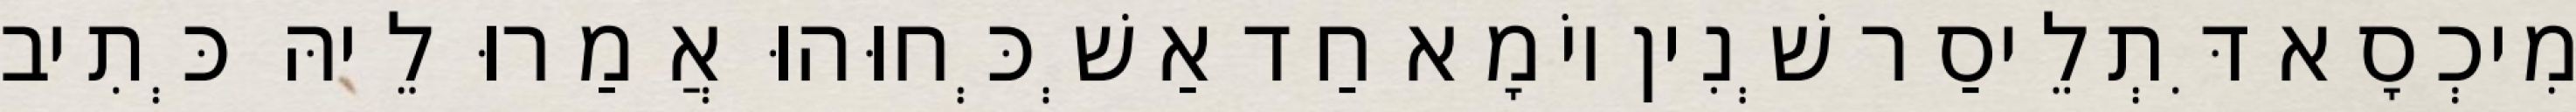
מִיכְסָא דִּתְלֵיסַר שְׁנִין יוֹמָא חַד אַשְׁכְּחוּהוּ אֲמַרוּ לֵיהּ כְּתִיב